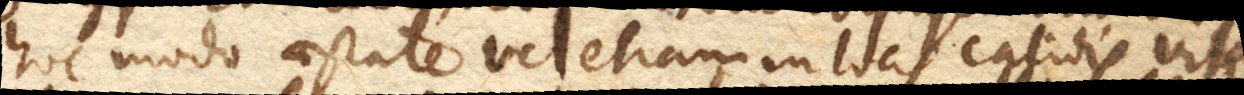
hoc modo aestate vel etiam in locis calidis vitra